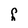
Character: q